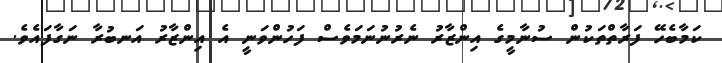
ކަމާބެހޭ ފަރާތްތަކުން ސުނާމީގެ އިންޒާރު ނެރުނުނަމަވެސް ފަހުންވަނީ އެ އިންޒާރު އަނބުރާ ނަގާފައެވެ.